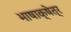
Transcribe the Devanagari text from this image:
भाषाक्षेत्र